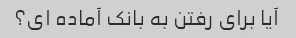
آیا برای رفتن به بانک آماده ای؟